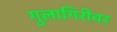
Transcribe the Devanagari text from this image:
गुलागिरीवर